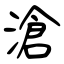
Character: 滄